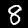
Digit: 8